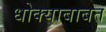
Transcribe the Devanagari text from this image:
धोक्याबाबत